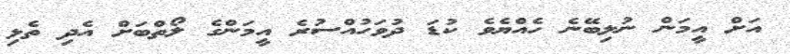
އަށް އީމަން ނުލިބޭނެ ހެއްޔެވެ ކުޑަ ދުވަހުއްސުރެ އީމަންގެ ލޯތްބަށް އެދި ތެޅި